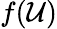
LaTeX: f(\mathcal{U})